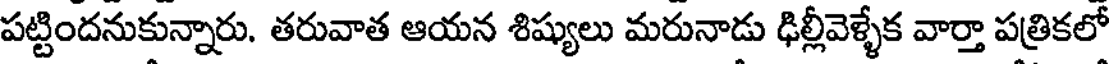
పట్టిందనుకున్నారు. తరువాత ఆయన శిష్యులు మరునాడు ఢిల్లీవెళ్ళేక వార్తా పత్రికలో